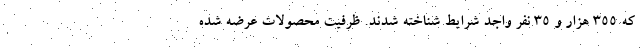
كه ۳۵۵ هزار و ۳۵ نفر واجد شرايط شناخته شدند. ظرفيت محصولات عرضه شده